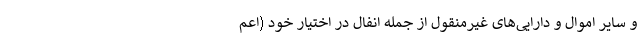
و سایر اموال و دارایی‌های غیرمنقول از جمله انفال در اختیار خود (اعم